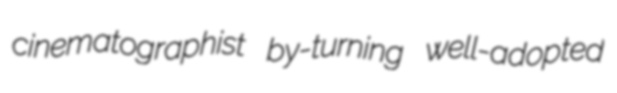
cinematographist by-turning well-adopted